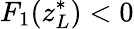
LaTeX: F_{1}(z_{L}^{*})<0